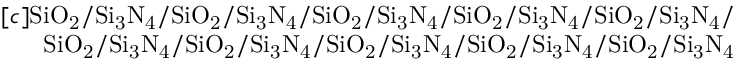
\begin{array} { r } { [ c ] \mathrm { S i O _ { 2 } / S i _ { 3 } N _ { 4 } / S i O _ { 2 } / S i _ { 3 } N _ { 4 } / S i O _ { 2 } / S i _ { 3 } N _ { 4 } / S i O _ { 2 } / S i _ { 3 } N _ { 4 } / S i O _ { 2 } / S i _ { 3 } N _ { 4 } / } } \\ { \mathrm { S i O _ { 2 } / S i _ { 3 } N _ { 4 } / S i O _ { 2 } / S i _ { 3 } N _ { 4 } / S i O _ { 2 } / S i _ { 3 } N _ { 4 } / S i O _ { 2 } / S i _ { 3 } N _ { 4 } / S i O _ { 2 } / S i _ { 3 } N _ { 4 } } } \end{array}